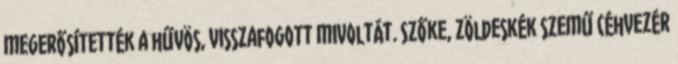
megerősítették a hűvös, visszafogott mivoltát. Szőke, zöldeskék szemű céhvezér